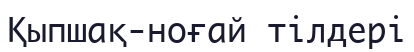
Қыпшақ-ноғай тілдері